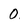
Character: 0